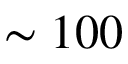
\sim 1 0 0